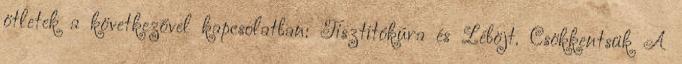
ötletek a következővel kapcsolatban: Tisztítókúra és Léböjt. Csökkentsük A